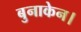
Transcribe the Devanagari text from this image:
बुनाकेन।